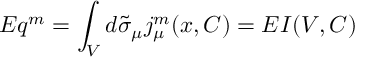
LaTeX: E q ^ { m } = \int _ { V } d \tilde { \sigma } _ { \mu } j _ { \mu } ^ { m } ( x , C ) = E I ( V , C )